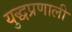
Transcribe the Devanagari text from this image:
युद्धप्रणाली